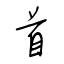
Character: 首